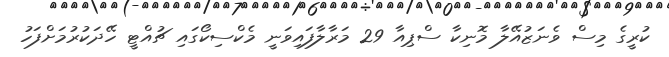
ކުރީގެ މިސް ވެނަޒުއޭލާ މޮނިކާ ސްޕިއާ 29 މަރާލާފައިވަނީ މެކްސިކޯގައި ޗުއްޓީ ހޭދަކުރުމަށްފަހު